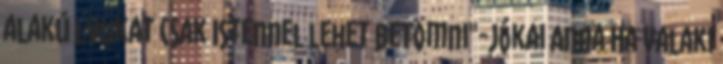
alakú lyukat csak Istennel lehet betömni"-Jókai Anna Ha valaki